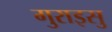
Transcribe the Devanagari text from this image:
गुराइसु